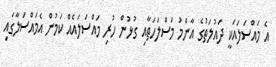
އެ މައްސަލައަކީ ދައުލަތުގެ އާންމު މަސްލަހަތާއި ގުޅުން ހުރި މައްސަލައެއް ކަމުން އެމައްސަލާގައި